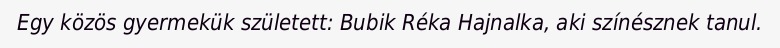
Egy közös gyermekük született: Bubik Réka Hajnalka, aki színésznek tanul.